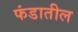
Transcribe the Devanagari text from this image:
फंडातील